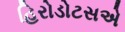
હિરોડોટસએ